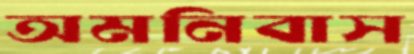
অমনিবাস